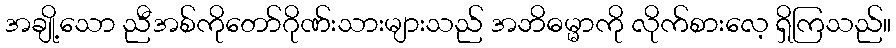
အချို့သော ညီအစ်ကိုတော်ဂိုဏ်းသားများသည် အဘိဓမ္မာကို လိုက်စားလေ့ ရှိကြသည်။